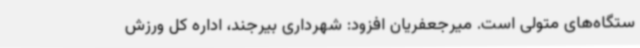
ستگاه‌های متولی است. میرجعفریان افزود: شهرداری بیرجند، اداره کل ورزش